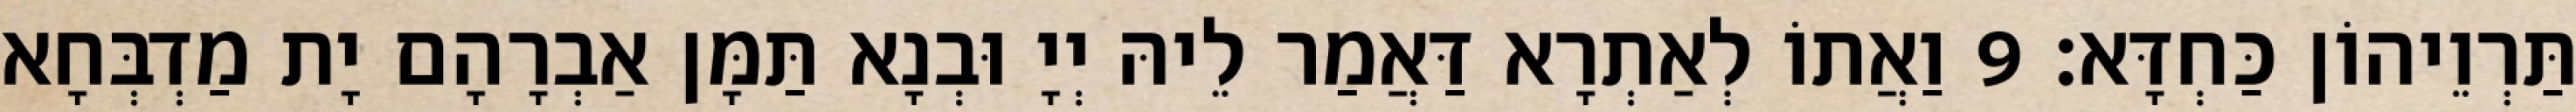
תַּרְוֵיהוֹן כַּחְדָּא׃ 9 וַאֲתוֹ לְאַתְרָא דַּאֲמַר לֵיהּ יְיָ וּבְנָא תַּמָּן אַבְרָהָם יָת מַדְבְּחָא